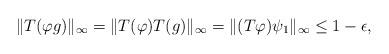
LaTeX: \begin{align*}\|T(\varphi g)\|_{\infty} = \|T(\varphi) T(g)\|_{\infty} = \|(T\varphi)\psi_1\|_{\infty} \leq 1 - \epsilon,\end{align*}